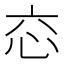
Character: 𢗻